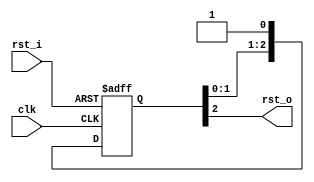
// This program was cloned from: https://github.com/MaxXSoft/Fuxi
// License: GNU General Public License v3.0

// from https://github.com/trivialmips/nontrivial-mips
// modified by: MaxXing, 2019-11

`timescale 1ns / 1ps

module ResetSynchronizer #(
  parameter RESET_STAGE = 3,
  parameter RESET_POSEDGE = 0
) (
  input   clk,
  input   rst_i,
  output  rst_o
);

  reg [RESET_STAGE - 1:0] reset_sync;

  assign rst_o = reset_sync[RESET_STAGE - 1];

  generate
    if (RESET_POSEDGE == 0) begin: reset_negedge
      always @(posedge clk, negedge rst_i) begin
        if (!rst_i) begin
          reset_sync <= {RESET_STAGE{1'b0}};
        end
        else begin
          reset_sync <= {reset_sync[RESET_STAGE - 2:0], 1'b1};
        end
      end
    end
    else begin: reset_posedge
      always @(posedge clk, posedge rst_i) begin
        if (rst_i) begin
          reset_sync <= {RESET_STAGE{1'b1}};
        end
        else begin
          reset_sync <= {reset_sync[RESET_STAGE - 2:0], 1'b0};
        end
      end
    end
  endgenerate

endmodule // ResetSynchronizer